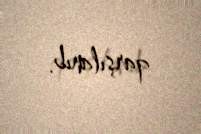
qarşılanıb.